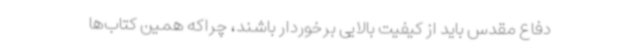
دفاع مقدس باید از کیفیت بالایی برخوردار باشند، چراکه همین کتاب‌ها